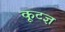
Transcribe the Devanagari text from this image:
कूटज्ञ